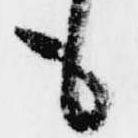
も